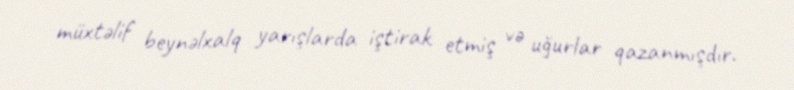
müxtəlif beynəlxalq yarışlarda iştirak etmiş və uğurlar qazanmışdır.